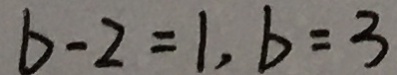
b - 2 = 1 , b = 3